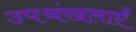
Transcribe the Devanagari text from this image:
उपश्रंखलाएँ